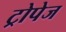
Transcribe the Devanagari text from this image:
ट्रोपेज